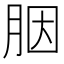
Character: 胭